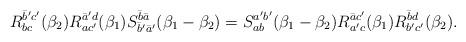
LaTeX: \begin{align*}R_{bc}^{\bar b' c'} ( \beta_2) R_{a c'}^{\bar a' d} (\beta_1) S_{\bar b' \bar a'}^{\bar b \bar a} (\beta_1 - \beta_2) = S_{ab}^{a' b'} (\beta_1 - \beta_2) R_{a' c}^{\bar a c'} (\beta_1) R_{b' c'}^{\bar b d} ( \beta_2).\end{align*}